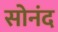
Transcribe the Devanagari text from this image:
सोनंद